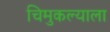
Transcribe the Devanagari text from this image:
चिमुकल्याला